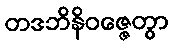
တဒဘိနိဝဇ္ဇေတွာ